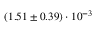
( 1 . 5 1 \pm 0 . 3 9 ) \cdot 1 0 ^ { - 3 }